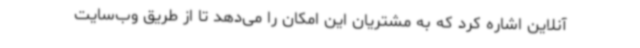
آنلاین اشاره کرد که به مشتریان این امکان را می‌دهد تا از طریق وب‌سایت